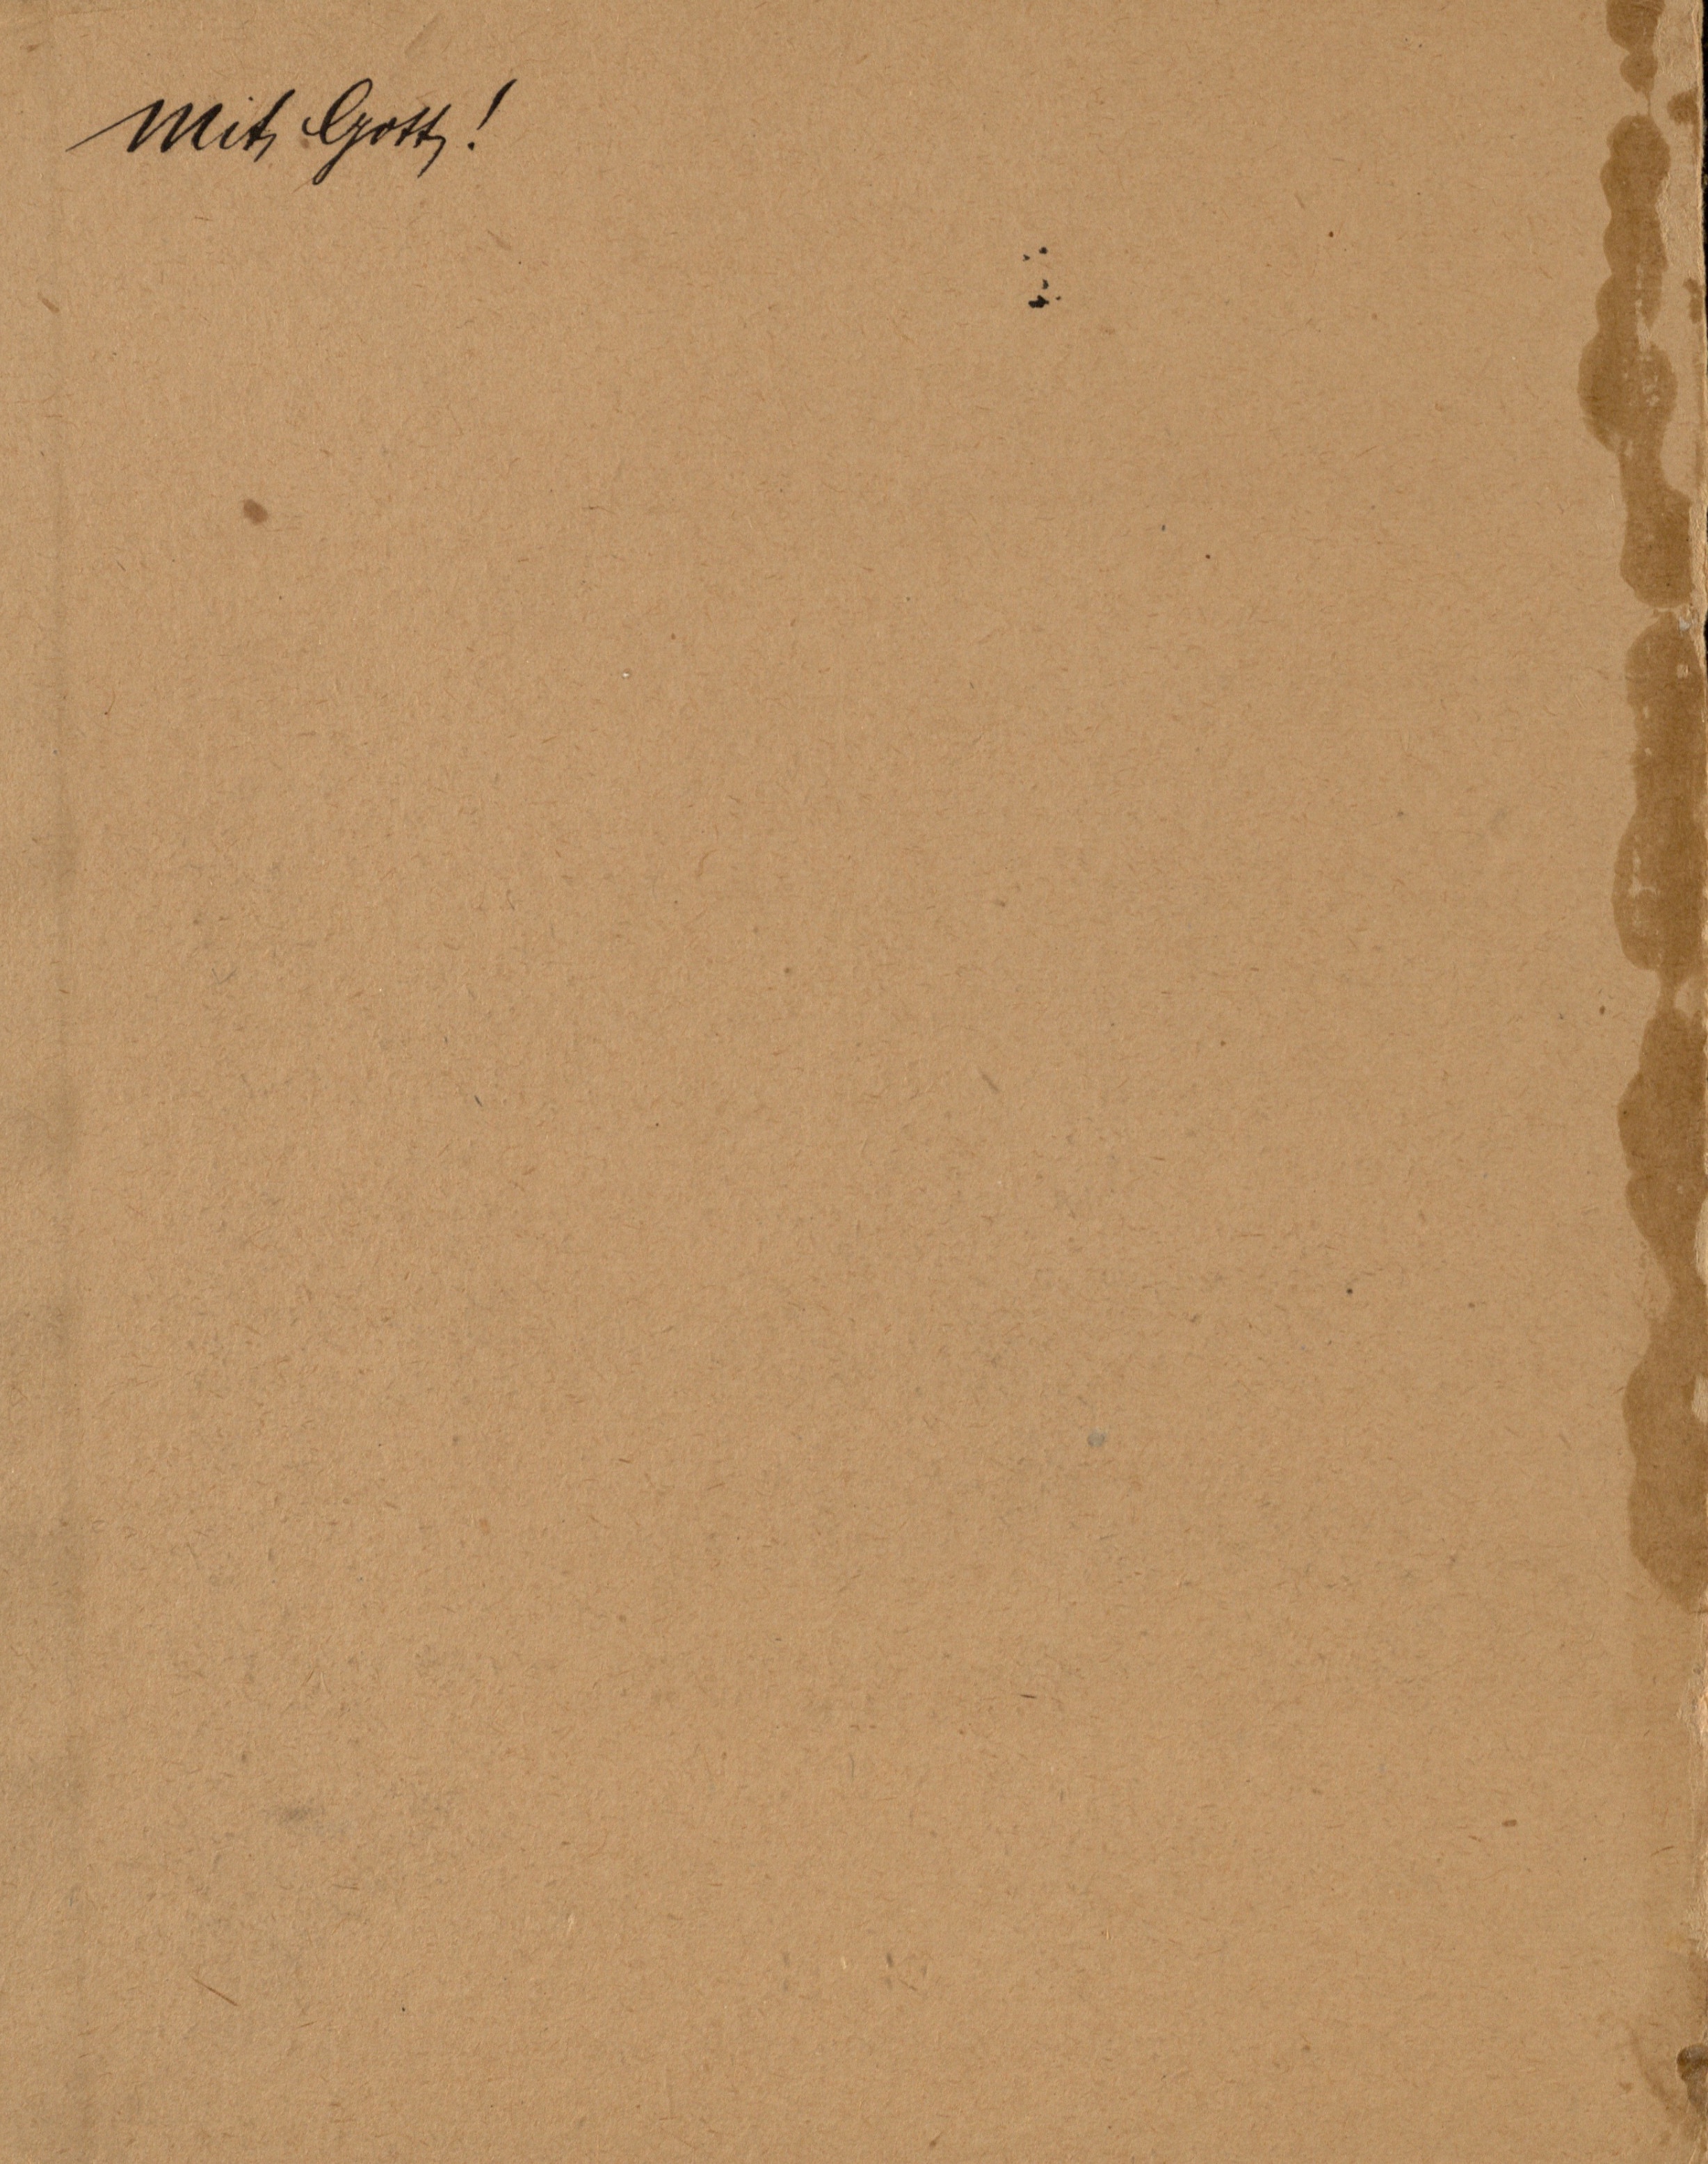
Mit Gott!